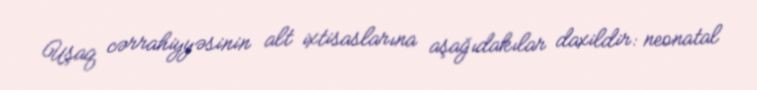
Uşaq cərrahiyyəsinin alt ixtisaslarına aşağıdakılar daxildir: neonatal